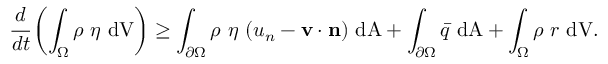
{ \cfrac { d } { d t } } \left( \int _ { \Omega } \rho ~ \eta ~ { \mathrm { d V } } \right) \geq \int _ { \partial \Omega } \rho ~ \eta ~ ( u _ { n } - \mathbf { v } \cdot \mathbf { n } ) ~ { \mathrm { d A } } + \int _ { \partial \Omega } { \bar { q } } ~ { \mathrm { d A } } + \int _ { \Omega } \rho ~ r ~ { \mathrm { d V } } .